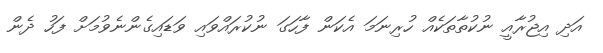
އަދި އިޖުރާއީ ނުކުތާތަކެއް ހުރިނަމަ އެކަން ފާހަގަ ނުކުރައްވައި ވަޑައިގެންނެވުމަށް ފަހު ދެން